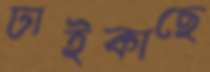
ঢাইকাছে